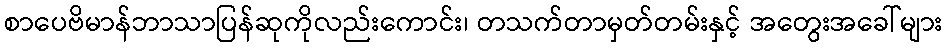
စာပေဗိမာန်ဘာသာပြန်ဆုကိုလည်းကောင်း၊ တသက်တာမှတ်တမ်းနှင့် အတွေးအခေါ်များ